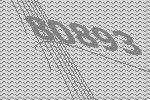
80893